Veterinary regulations India, 1935 -
Year: 1935
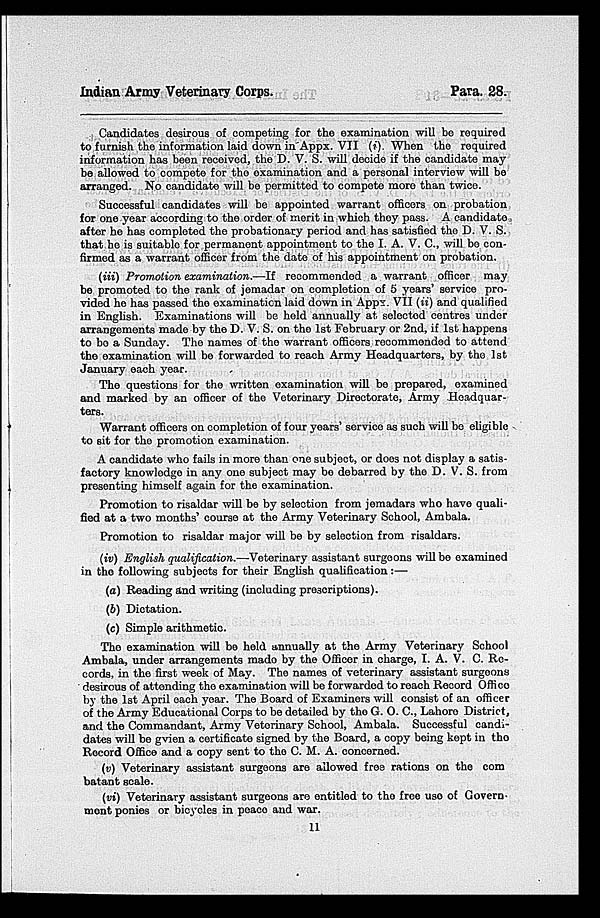
Indian Army Veterinary Corps.
Para. 28.
Candidates desirous of competing for the examination will be required
to furnish the information laid down in Appx. VII (i). When the required
information has been received, the D. V. S. will decide if the candidate may
be allowed to compete for the examination and a personal interview will be
arranged. No candidate will be permitted to compete more than twice.
Successful candidates will be appointed warrant officers on probation
for one year according to the order of merit in which they pass. A candidate
after he has completed the probationary period and has satisfied the D. V. S.
that he is suitable for permanent appointment to the I. A. V. C., will be con-
firmed as a warrant officer from the date of his appointment on probation.
(iii) Promotion examination.—If
recommended a warrant officer may
be promoted to the rank of jemadar on completion of 5 years' service pro-
vided he has passed the examination laid down in Appx. VII (ii) and qualified
in English. Examinations will be held annually at. selected centres under
arrangements made by the D. V. S. on the 1st February or 2nd, if 1st happens
to be a Sunday. The names of the warrant officers recommended to attend
the examination will be forwarded to reach Army Headquarters, by the 1st
January each year.
The questions for the written examination will be prepared, examined
and marked by an officer of the Veterinary Directorate, Army Headquar-
ters.
Warrant officers on completion of four years' service as such will be eligible
to sit for the promotion examination.
A candidate who fails in more than one subject, or does not display a satis-
factory knowledge in any one subject may be debarred by the D. V. S. from
presenting himself again for the examination.
Promotion to risaldar will be by selection from jemadars who have quali-
fied at a two months' course at the Army Veterinary School, Ambala.
Promotion to risaldar major will be by selection from risaldars.
(iv) English qualification.—Veterinary
assistant surgeons will be examined
in the following subjects for their English qualification:—
(a) Reading and writing (including proscriptions).
(b) Dictation.
(c) Simple arithmetic.
The examination will be held annually at the Army Veterinary School
Ambala, under arrangements made by the Officer in charge, I. A. V. C. Re-
cords, in the first week of May. The names of veterinary assistant surgeons
desirous of attending the examination will be forwarded to reach Record Office
by the 1st April each year. The Board of Examiners will consist of an officer
of the Army Educational Corps to be detailed by the G. O. C., Lahore District,
and the Commandant, Army Veterinary School, Ambala. Successful candi-
dates will be gvien a certificate signed by the Board, a copy being kept in the
Record Office and a copy sent to the C. M. A. concerned.
(v) Veterinary assistant surgeons are allowed free rations on the com
batant scale.
(vi) Veterinary assistant surgeons are entitled to the free use of Govern-
ment ponies or bicycles in peace and war.
11